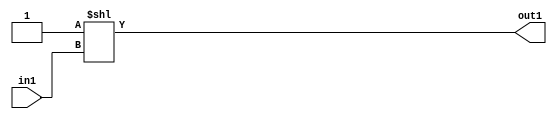
`timescale 1ps / 1ps
/*****************************************************************************
    Verilog RTL Description
    
    
    Created by: Stratus DpOpt 2019.1.01 
*******************************************************************************/

module avg_pool_DECODE_2U_12_4 (
	in1,
	out1
	); /* architecture "behavioural" */ 
input  in1;
output [1:0] out1;
wire [1:0] asc001;

assign asc001 = 2'B01 << in1;

assign out1 = asc001;
endmodule

/* CADENCE  urb5Tgk= : u9/ySgnWtBlWxVPRXgAZ4Og= ** DO NOT EDIT THIS LINE ******/